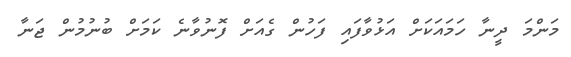
މަންމަ ދީނާ ހަމައަކަށް އަޅުވާފައި ފަހުން ގެއަށް ފޮނުވާނެ ކަމަށް ބުނުމުން ޖަނާ